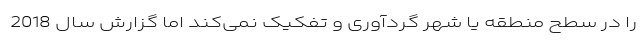
را در سطح منطقه یا شهر گردآوری و تفکیک نمی‌کند اما گزارش سال 2018